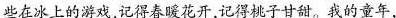
些在冰上的游戏，记得春暖花开，记得桃子甘甜，\underline{我的童年，}